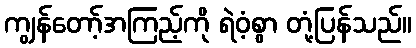
ကျွန်တော့်အကြည့်ကို ရဲဝံ့စွာ တုံ့ပြန်သည်။